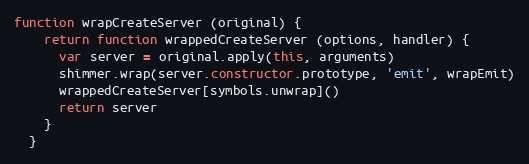
Language: JavaScript
function wrapCreateServer (original) {
    return function wrappedCreateServer (options, handler) {
      var server = original.apply(this, arguments)
      shimmer.wrap(server.constructor.prototype, 'emit', wrapEmit)
      wrappedCreateServer[symbols.unwrap]()
      return server
    }
  }